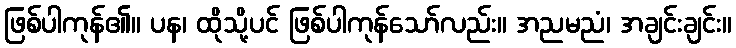
ဖြစ်ပါကုန်၏။ ပန၊ ထိုသို့ပင် ဖြစ်ပါကုန်သော်လည်း။ အညမညံ၊ အချင်းချင်း။